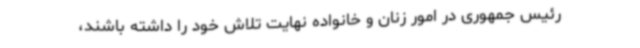
رئیس جمهوری در امور زنان و خانواده نهایت تلاش خود را داشته باشند،